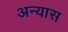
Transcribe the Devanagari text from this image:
अन्यास